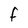
Character: f